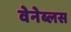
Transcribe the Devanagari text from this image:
वेनेब्लस